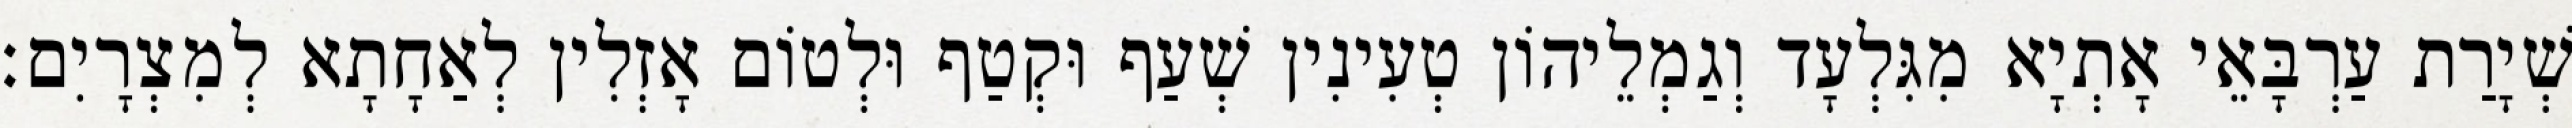
שְׁיָרַת עַרְבָּאֵי אָתְיָא מִגִּלְעָד וְגַמְלֵיהוֹן טְעִינִין שְׁעַף וּקְטַף וּלְטוֹם אָזְלִין לְאַחָתָא לְמִצְרָיִם׃